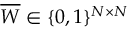
\overline { { W } } \in \{ 0 , 1 \} ^ { N \times N }